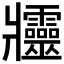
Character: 𤖦